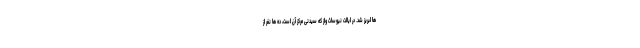
ها لبریز شد. در ایالت نیوساث ولز که سیدنی مرکز آن است، ده ها نفر از